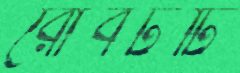
রোবটটি